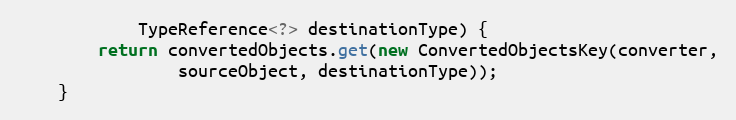
Language: Java
			TypeReference<?> destinationType) {
		return convertedObjects.get(new ConvertedObjectsKey(converter,
				sourceObject, destinationType));
	}